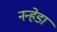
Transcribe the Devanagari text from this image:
नन्हेडा